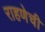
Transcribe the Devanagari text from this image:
राहणेची